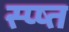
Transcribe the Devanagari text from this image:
स्प्ष्त